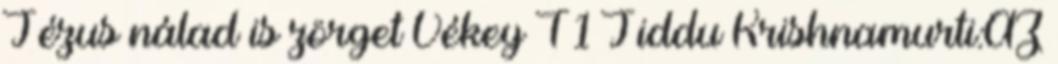
Jézus nálad is zörget Vékey T 1 Jiddu Krishnamurti:AZ